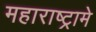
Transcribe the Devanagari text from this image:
महाराष्ट्रामे